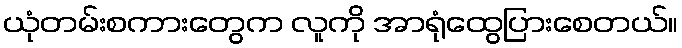
ယုံတမ်းစကားတွေက လူကို အာရုံထွေပြားစေတယ်။